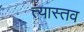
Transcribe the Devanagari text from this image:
त्यास्तव